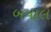
બયાલ